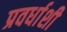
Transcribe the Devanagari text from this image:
प्रवर्धाशी